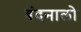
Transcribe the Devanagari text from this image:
बंदनालो